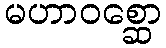
မဟာဝစ္ဆော